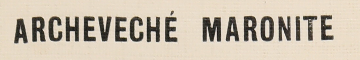
ARCHEVECHÉ MARONITE